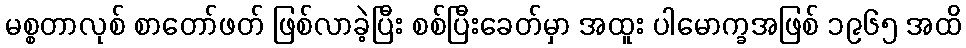
မစ္စတာလုစ် စာတော်ဖတ် ဖြစ်လာခဲ့ပြီး စစ်ပြီးခေတ်မှာ အထူး ပါမောက္ခအဖြစ် ၁၉၆၅ အထိ